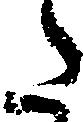
た